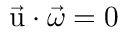
\vec { \mathrm { u } } \cdot \vec { \omega } = 0